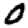
Digit: 0